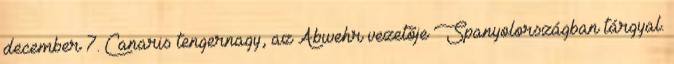
december 7. Canaris tengernagy, az Abwehr vezetõje Spanyolországban tárgyal.